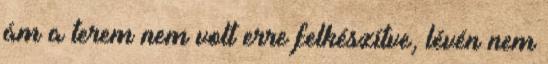
ám a terem nem volt erre felkészítve, lévén nem